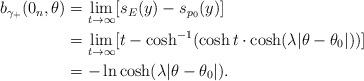
LaTeX: \begin{align*}\begin{aligned} b_{\gamma_+}(0_n,\theta)&=\lim\limits_{t\rightarrow\infty}[s_E(y)-s_{p_0}(y)] \\&=\lim\limits_{t\rightarrow\infty}[t-\cosh^{-1}(\cosh t\cdot\cosh(\lambda|\theta-\theta_0|))] \\ &= -\ln\cosh (\lambda|\theta-\theta_0|).\end{aligned}\end{align*}